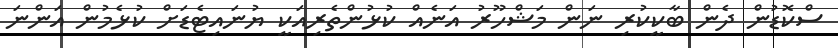
ސްކޮޑުން ދެން ބާކީކުރި ނަން މަޝްހޫރު އަނެއް ކުޅުންތެރިއަކީ ޔުނައިޓެޑަށް ކުޅެމުން އަންނަ